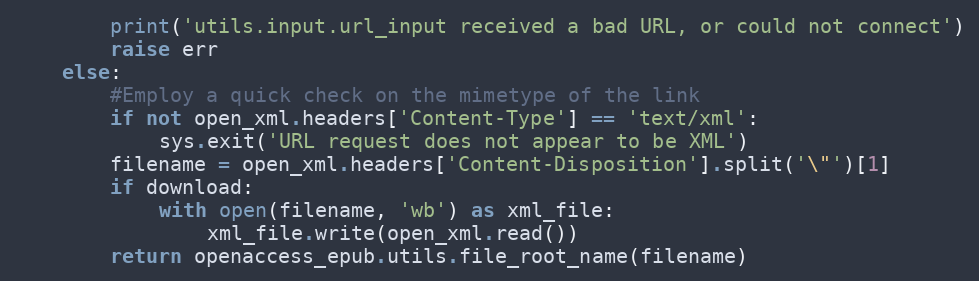
Language: Python
        print('utils.input.url_input received a bad URL, or could not connect')
        raise err
    else:
        #Employ a quick check on the mimetype of the link
        if not open_xml.headers['Content-Type'] == 'text/xml':
            sys.exit('URL request does not appear to be XML')
        filename = open_xml.headers['Content-Disposition'].split('\"')[1]
        if download:
            with open(filename, 'wb') as xml_file:
                xml_file.write(open_xml.read())
        return openaccess_epub.utils.file_root_name(filename)